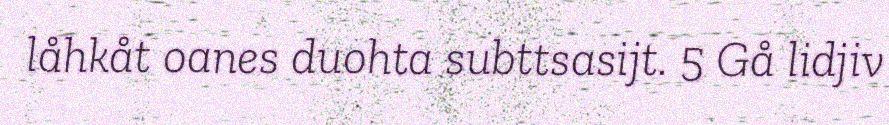
låhkåt oanes duohta subttsasijt. 5 Gå lidjiv